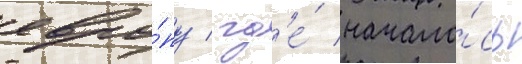
евро́пу / гд'е́ начало́сь